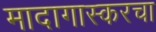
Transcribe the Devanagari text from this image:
मादागास्करचा